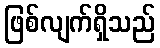
ဖြစ်လျက်ရှိသည်